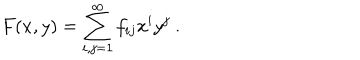
F ( x , y ) = \sum _ { i , j = 1 } ^ { \infty } f _ { i j } x ^ { i } y ^ { j } \ .